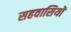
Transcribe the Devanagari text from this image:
सहवासियों